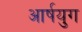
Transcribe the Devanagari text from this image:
आर्षयुग